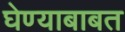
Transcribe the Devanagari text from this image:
घेण्याबाबत